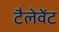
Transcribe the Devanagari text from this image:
टैलेवेंट